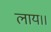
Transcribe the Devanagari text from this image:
लाय।।